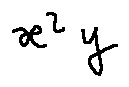
x ^ { 2 } y